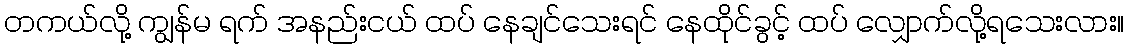
တကယ်လို့ ကျွန်မ ရက် အနည်းငယ် ထပ် နေချင်သေးရင် နေထိုင်ခွင့် ထပ် လျှောက်လို့ရသေးလား။